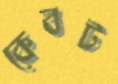
কেবট